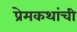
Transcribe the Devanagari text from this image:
प्रेमकथांची